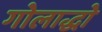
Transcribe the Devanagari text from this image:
गोलाद्धो